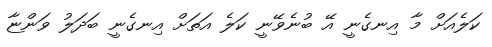
ކަލެއަށް މާ އިނގެނީ އޭ ބުނެވޭނީ ކަލެ އަތަށް އިނގެނީ ބަދަލު ވަންޏާ